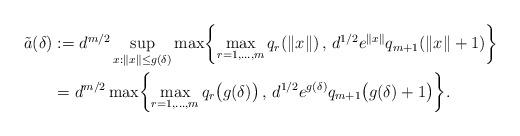
LaTeX: \begin{align*}\tilde{a}(\delta) &:= d^{m/2}\sup_{x:\|x\| \leq g(\delta)} \max\biggl\{\max_{r=1,\ldots,m} q_r(\|x\|) \, , \, d^{1/2}e^{\|x\|} q_{m+1}(\|x\|+1)\biggr\} \\&= d^{m/2}\max\biggl\{\max_{r=1,\ldots,m} q_r\bigl(g(\delta)\bigr) \, , \, d^{1/2}e^{g(\delta)} q_{m+1}\bigl(g(\delta)+1\bigr)\biggr\}.\end{align*}